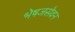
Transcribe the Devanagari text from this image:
भेषजसेवन